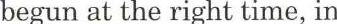
begun at the right time, in